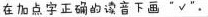
在加点字正确的读音下画”∨”。